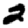
Digit: 2